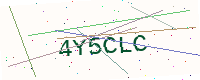
Text: 4Y5CLC